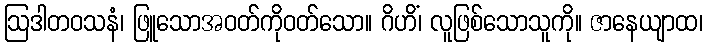
ဩဒါတဝသနံ၊ ဖြူသောအဝတ်ကိုဝတ်သော။ ဂိဟိံ၊ လူဖြစ်သောသူကို။ ဇာနေယျာထ၊